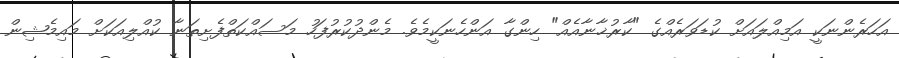
އަހަރެންނަކީ އަމިއްލައަށް ކުޑަވަރެއްގެ "ކާރުޚާނާއެއް" ހިންގާ އަންހެނަކީމެވެ. މެންދުކުރުފަހު މަސައްކަތްފެށިތަނާ ކުއްލިއަކަށް މައިމެޝިން